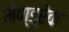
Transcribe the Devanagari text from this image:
मेण्ड्रेक